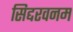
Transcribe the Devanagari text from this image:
सिद्दरवनम